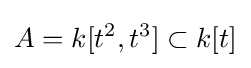
A=k[t^{2},t^{3}]\subset k[t]